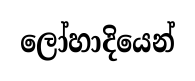
ලෝහාදියෙන්